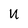
Character: u